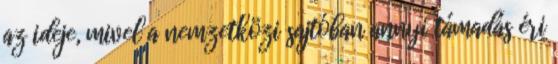
az ideje, mivel a nemzetközi sajtóban annyi támadás éri